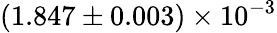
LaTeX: (1.847\pm 0.003)\times 10^{-3}